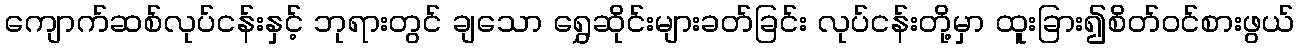
ကျောက်ဆစ်လုပ်ငန်းနှင့် ဘုရားတွင် ချသော ရွှေဆိုင်းများခတ်ခြင်း လုပ်ငန်းတို့မှာ ထူးခြား၍စိတ်ဝင်စားဖွယ်